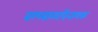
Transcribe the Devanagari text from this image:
बल्लाळविनायक